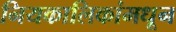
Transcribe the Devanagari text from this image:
नियकालिकांमधून